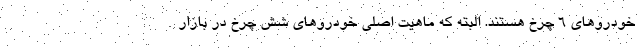
خودروهای ۶ چرخ هستند. البته که ماهیت اصلی خودروهای شش چرخ در بازار